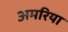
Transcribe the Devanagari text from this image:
अमरिया